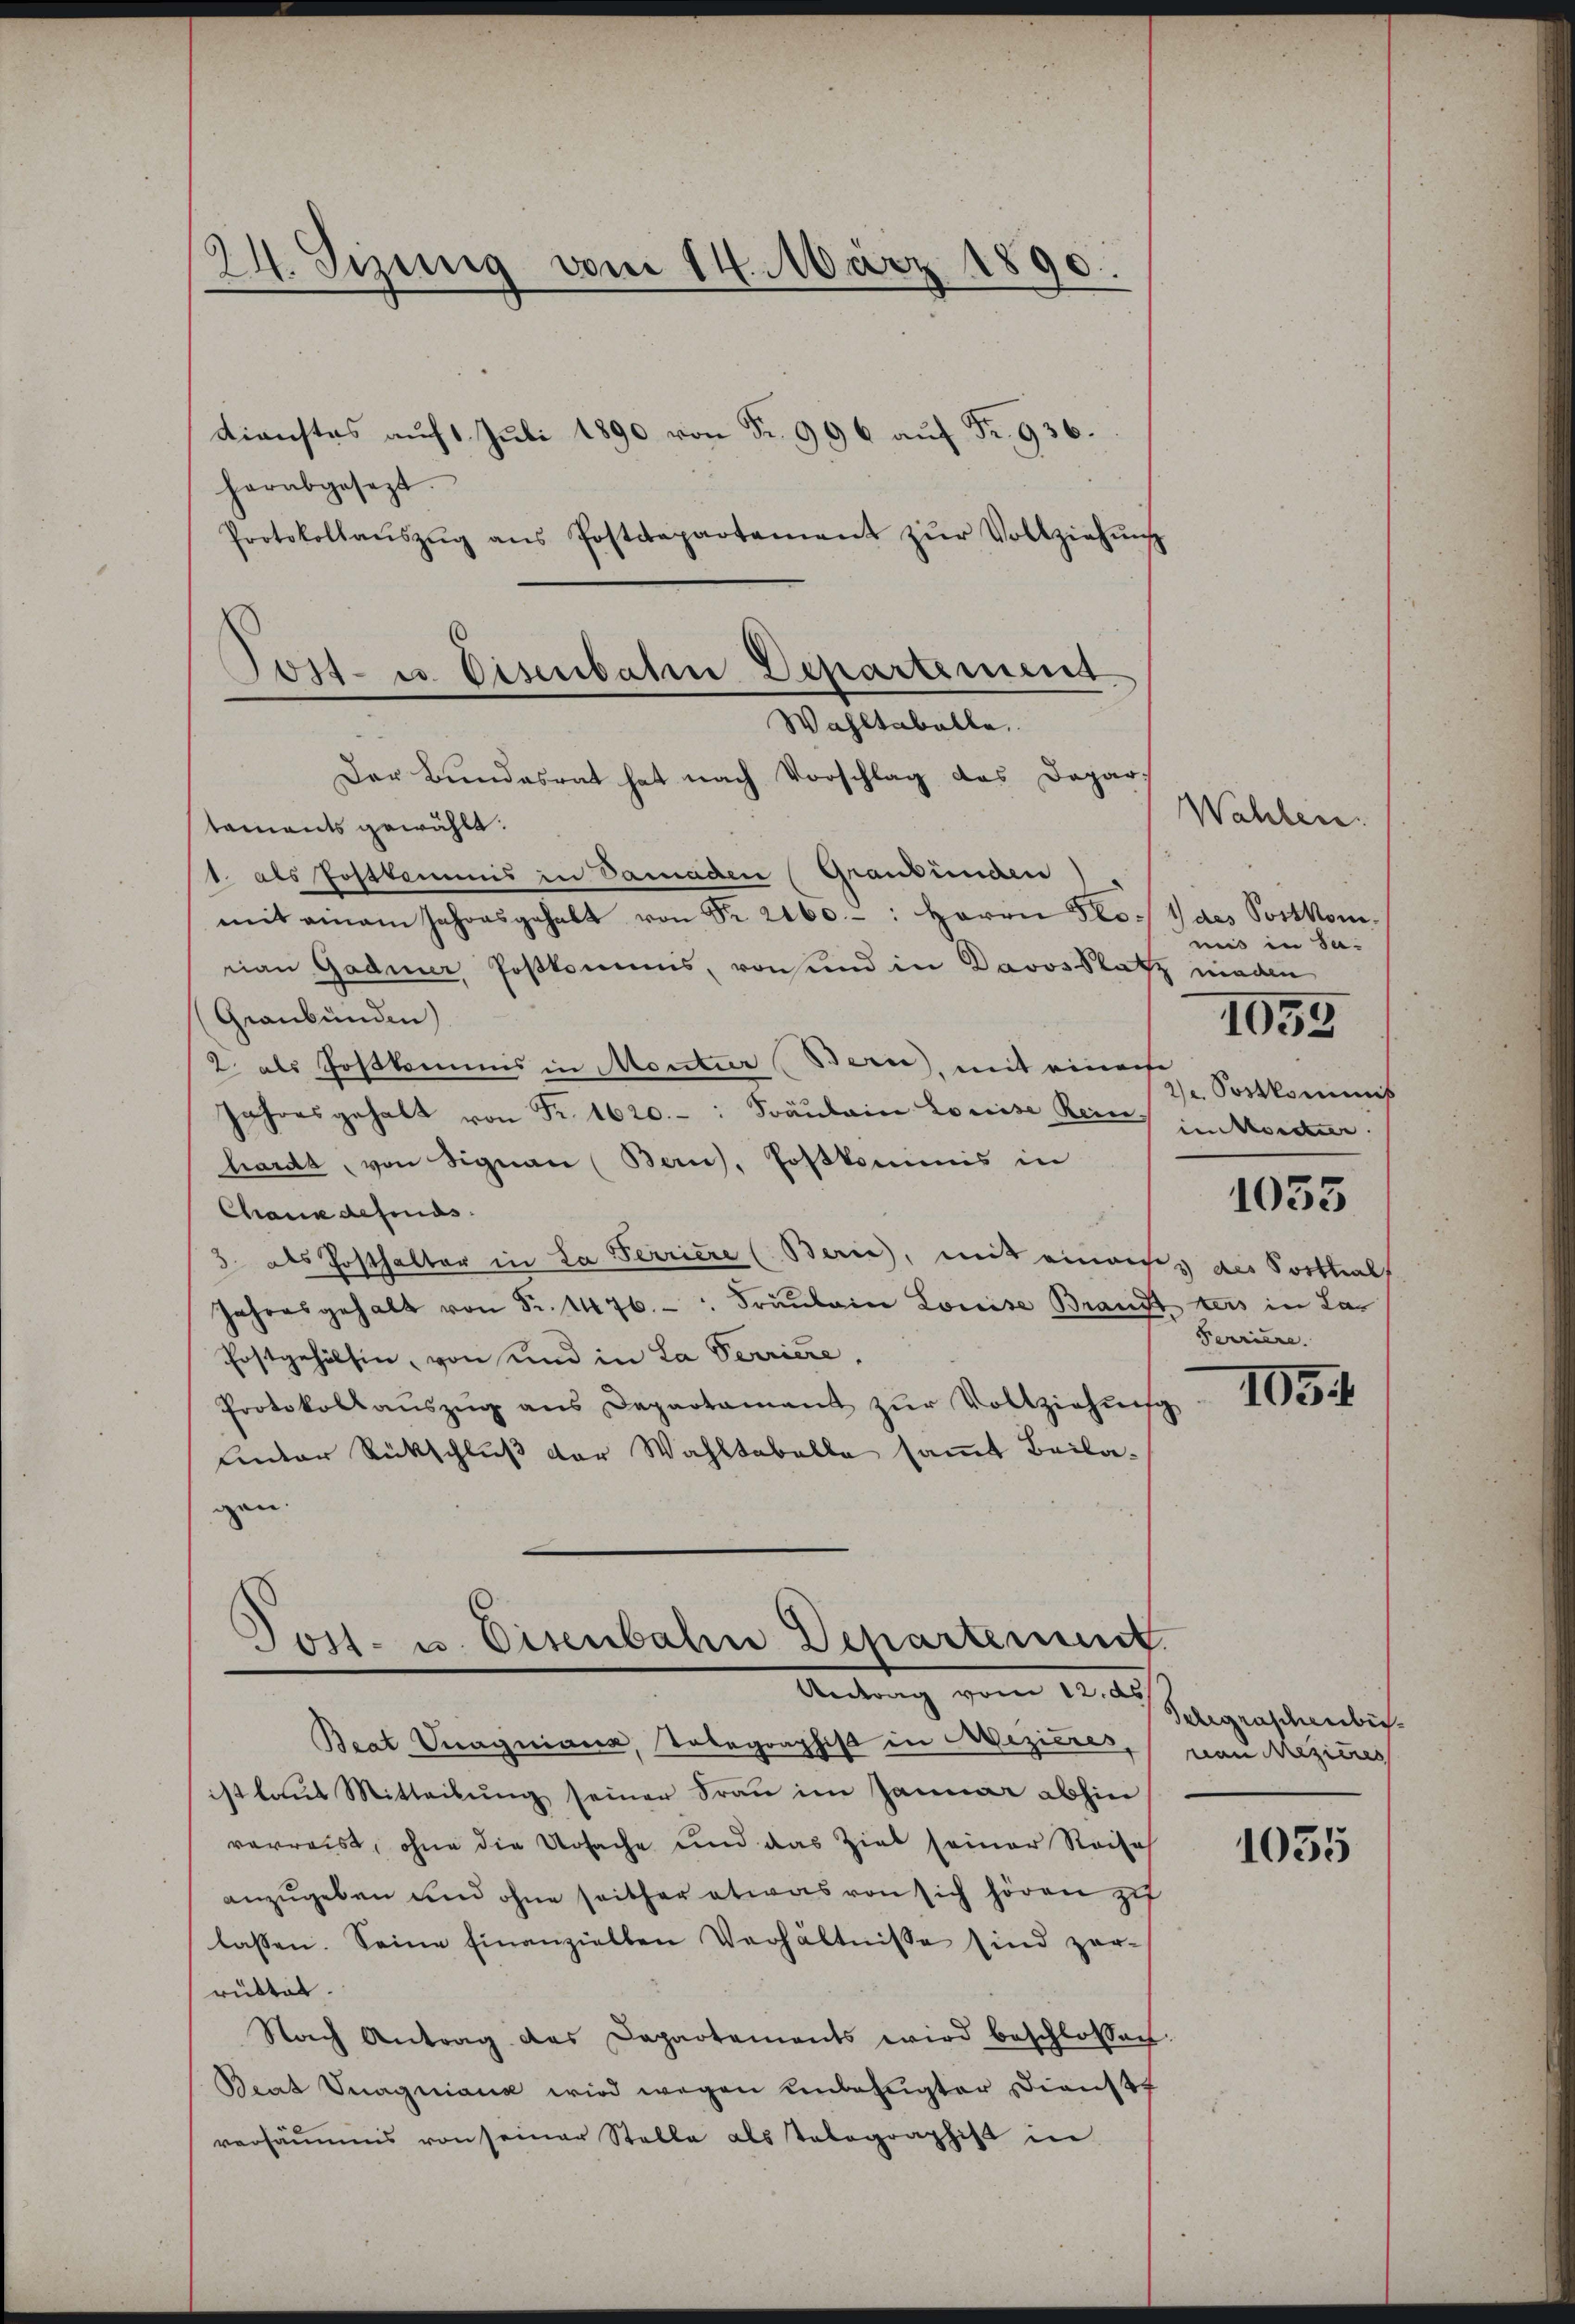
24. Sizung vom 14. März 1890.

herabgesezt.
Protokollaŭszŭg ans Postdepartement zŭr Vollziehŭng
Der Bundesrat hat nach Vorschlag des Depar-
taments gewählt:
1. als Postkommis in Damaden Graubünden)
mit einem Jahresgehalt von Fr. 2160: Herrn Flovan Gadmer, Poßkomens, von und in Davos Platz nieden
Graubünden)
2. als Joskommis in Montur (Bern, mit einerse
Jahresgehalt von Fr. 1620. Fräulein Louise Rein, im Morder
harda, von Signau (Bern, Postkommis in
Chaus defonds.
3. als Posthalter in La Perriere (Berne, mit einaus des Sosthal
Jahresgehalt von Fr. 1476. " Fräŭlein Louise Brandt ters in La-
Postgehölsin, von und in La Perriere,
Protokollaŭszŭg ans Departamant zŭr Vollziehŭng
unter Rückschluß der Wahltabelle samt Beilagan.

Dienstes auf 1. Juli 1890 von Fr. 996 auf Fr. 936.

Post- u. Disenbahn Departement
Wahltabelle.

Jost- u. Eisenbahn Departement.
Antrag vom 12. ds

Beat Vnagniaria, Tobegraphist in Mezières,
ist laut Mitteilung seiner Frau im Januar abhin
verreist, ohne die Ursache und das Ziel seiner Reise
anzŭgeben und ohne seither etwas von sich hören zu
lassen. Seine Einanziellen Verhältnisse sind zer-
rüttet.
Nach Antrag des Departements wird beschlossen
Beat Vnagniana wird wegen unbefugter Dienstt
versäumens von seiner Stelle als Telegraphist in

Wahlen.
1 das Postkom
mis in Sa-
2)e. Postkommnis
1033
Ferriere.

1055

105

Telegraschenbevon Reziner

1055